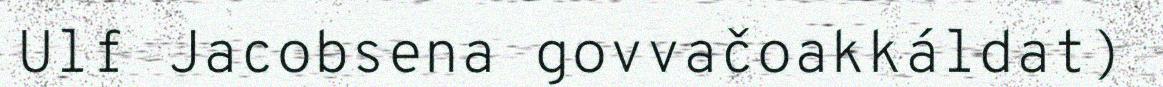
Ulf Jacobsena govvačoakkáldat)